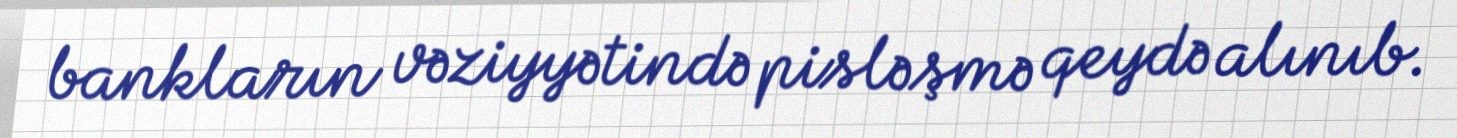
bankların vəziyyətində pisləşmə qeydə alınıb.